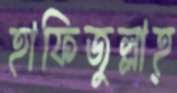
হাফিজুল্লাহ্